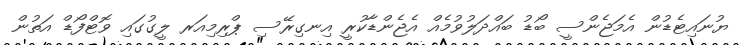
ޔުނައިޓެޑުން އެމަޖެންސީ ބޯޑު ބައްދަލުވުމެއް އެޖެންޑާކުރީ އިނގިރޭސި ޕްރިމިއަރ ލީގުގައި ވޮޓްފޯޑް އަތުން